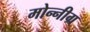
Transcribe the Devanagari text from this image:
मोन्नीग्र